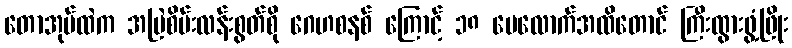
တောအုပ်ထဲက အမြဲစိမ်းလန်းစွတ်စို ဂေဟစနစ် ကြောင့် ၁၈ ပေလောက်အထိတောင် ကြီးထွားဖွံ့ဖြိုး